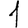
Digit: 1